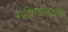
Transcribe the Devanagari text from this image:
गतिमार्गाच्या